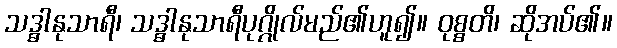
သဒ္ဓါနုသာရီ၊ သဒ္ဓါနုသာရီပုဂ္ဂိုလ်မည်၏ဟူ၍။ ဝုစ္စတိ၊ ဆိုအပ်၏။